Papers set at the Examination for Leaving Certificates, 1895
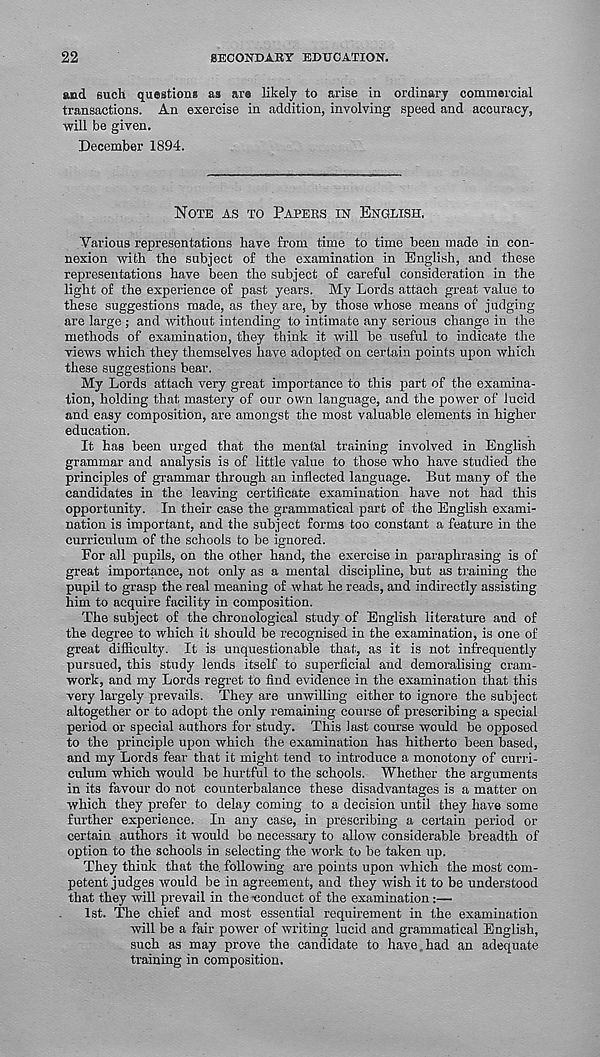
22
SECONDARY EDUCATION.
and such questions as are likely to arise in ordinary commercial
transactions. An exercise in addition, involving speed and accuracy,
will be given.
December 1894.
NOTE AS TO PAPERS IN ENGLISH.
Various representations have from time to time been made in con-
nexion with the subject of the examination in English, and these
representations have been the subject of careful consideration in the
light of the experience of past years. My Lords attach great value to
these suggestions made, as they are, by those whose means of judging
are large ; and without intending to intimate any serious change in the
methods of examination, they think it will be useful to indicate the
views which they themselves have adopted on certain points upon which
these suggestions bear.
My Lords attach very great importance to this part of the examina-
tion, holding that mastery of our own language, and the power of lucid
and easy composition, are amongst the most valuable elements in higher
education.
It has been urged that the mental training involved in English
grammar and analysis is of little value to those who have studied the
principles of grammar through an inflected language. But many of the
candidates in the leaving certificate examination have not had this
opportunity. In their case the grammatical part of the English exami-
nation is important, and the subject forms too constant a feature in the
curriculum of the schools to be ignored.
For all pupils, on the other hand, the exercise in paraphrasing is of
great importance, not only as a mental discipline, but as training the
pupil to grasp the real meaning of what he reads, and indirectly assisting
him to acquire facility in composition.
The subject of the chronological study of English literature and of
the degree to which it should be recognised in the examination, is one of
great difficulty. It is unquestionable that, as it is not infrequently
pursued, this study lends itself to superficial and demoralising cram-
work, and my Lords regret to find evidence in the examination that this
very largely prevails. They are unwilling either to ignore the subject
altogether or to adopt the only remaining course of prescribing a special
period or special authors for study. This last course would be opposed
to the principle upon which the examination has hitherto been based,
and my Lords fear that it might tend to introduce a monotony of curri-
culum which would be hurtful to the schools. Whether the arguments
in its favour do not counterbalance these disadvantages is a matter on
which they prefer to delay coming to a decision until they have some
further experience. In any case, in prescribing a certain period or
certain authors it would be necessary to allow considerable breadth of
option to the schools in selecting the work to be taken up.
They think that the following are points upon which the most com-
petent judges would be in agreement, and they wish it to be understood
that they will prevail in the -conduct of the examination:—
1st. The chief and most essential requirement in the examination
will be a fair power of writing lucid and grammatical English,
such as may prove the candidate to have had an adequate
training in composition.